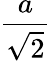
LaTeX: \frac{a}{\sqrt{2}}